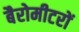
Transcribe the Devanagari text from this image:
बैरोमीटरों